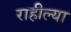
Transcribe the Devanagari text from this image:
राहील्या